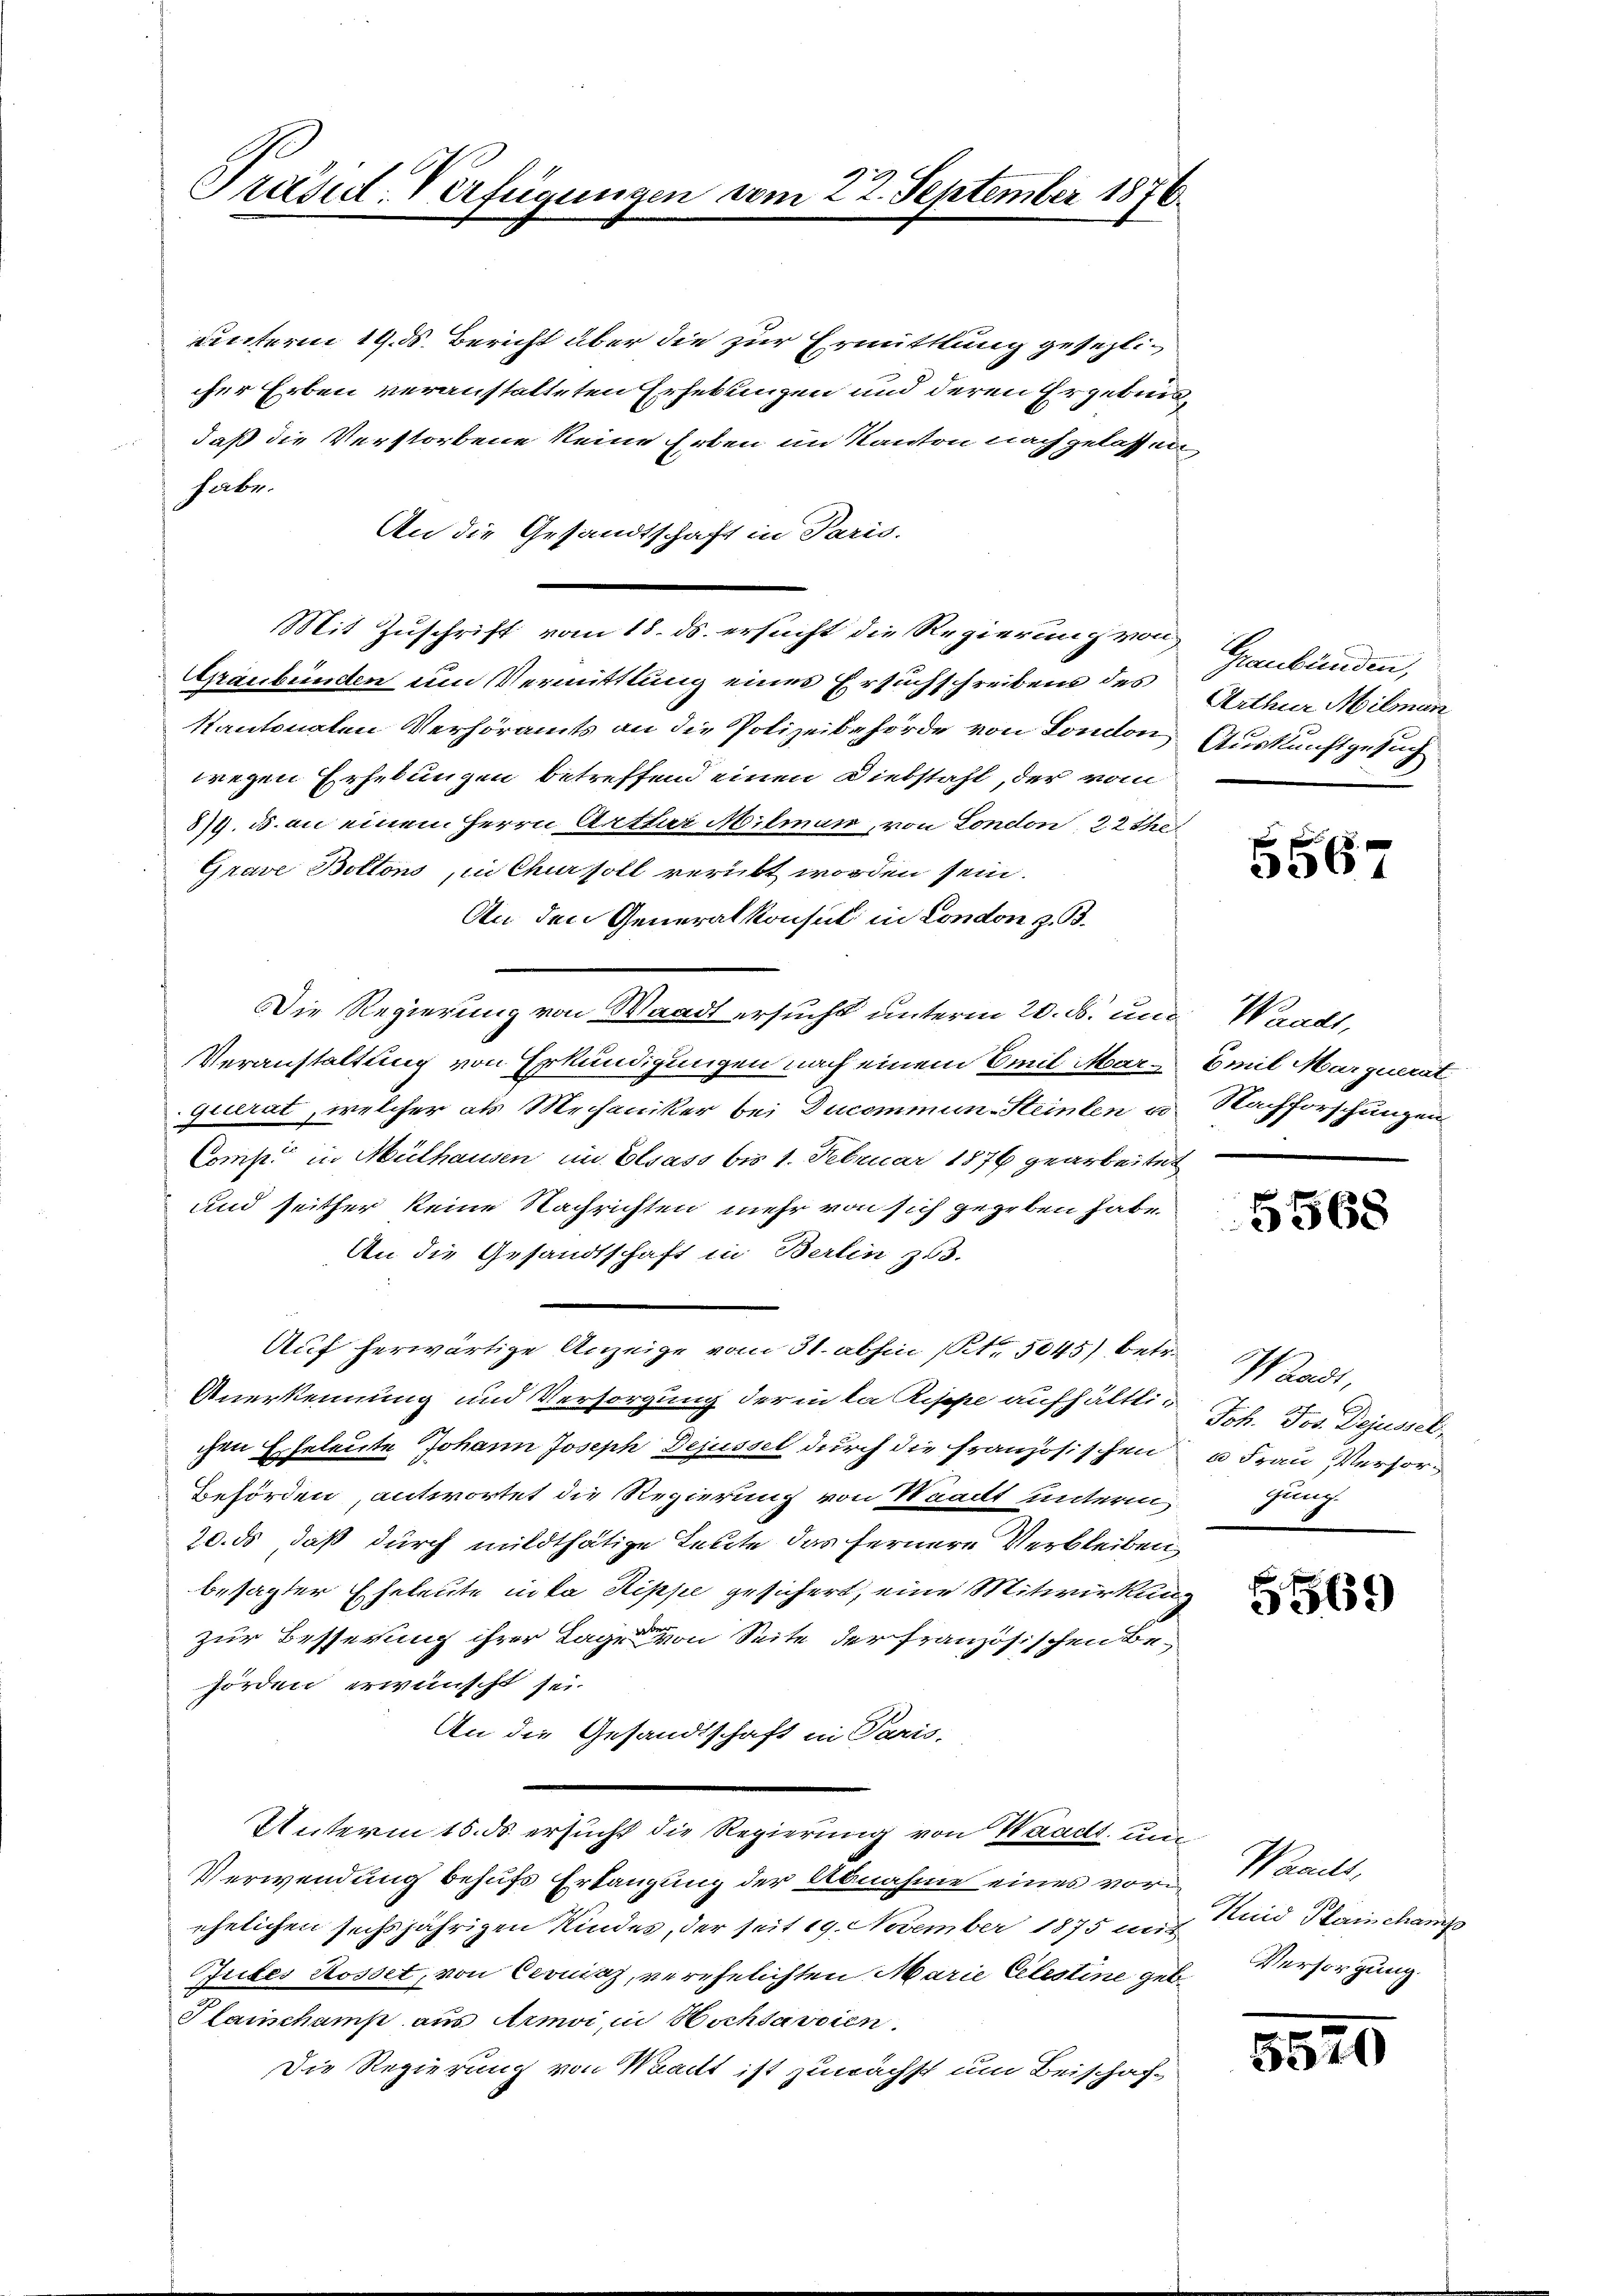
Präsid. Verfügungen vom 22. September 1876.

unterm 19. d. Bericht aber die zur Ermittlung gesezlicher Erben veranstatteten Erhebungen und deren Ergebnis,
daß die Verstorbene keine Erben im Kanton nachgelassen
habe.
An die Gesandtschaft in Paris
Mit Zuschrift vom 18. ds. ersucht die Regierung von
Graubünden um Vermittlung eines Ersuchschreibens des
Kantonalen Verhöramts an die Polizeibehörde von London Auskunftgesuch
wegen Erhebungen betreffend einen Diebstahl, der vom
89. 35. an einem Herrn Arthur Milman, von London, 22 the
Grave Bottons, in Chur soll verübt worden sein.
An den Generalkonsul in Condon z. B.
Die Regierung von Waadt ersucht unterm 20. ds. und Waadt,
Veranstaltung von Erkundigungen nach einem Emil Marquerat, welcher als Mechaniker bei Ducommun-Steinten u. Nachforschungen
Comp. in Mülhausen im Elsass bis 1. Februar 1876 gearbeitet
und seither keine Nachrichten mehr von sich gegeben habe.
An die Gesandtschaft in Berlin zu.
Auf herwärtige Anzeige vom 31. abhin (S. 5045) betr. Waadt,
Anerkennung und Versorgung der in la Rippe aufhältligen Eheleute Johann Joseph Dejusset durch die französischen
Behörden, antwortet die Regierung von Waadt unterm
20. ds, daß durch mildthätige Leute das fernere Verbleiben
besagter Eheleute in da Rippe gesichert, eine Mitwirkung
zur Besserung ihrer Lage von Seite der französischen Be¬
Forden erwünscht sei.
An die Gesandtschaft in Paris,
Unterm 15. ds. ersucht die Regierung von Waadt, und
Verwendung behufs Erlangung der Abnahme eines vori
ehelichen sechsjährigen Kindes, der seit 19. November 1875 und Kind Plainchamp
Juites Rosset, von Cerniaz, verehelichten Marie Celestine geb. Versorgung.
Planschamp aus Armoi, in Hochsavoien
Die Regierung von Waadt ist zunächst um Beischaft

Graubünden,
Arthur Milman

s
3567

Emil Marquerat

5568

Joh. Jos. Dejusset.
a Frau Versorgung.

5569

Waadt,

8570